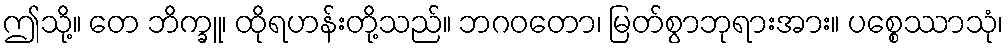
ဤသို့။ တေ ဘိက္ခူ၊ ထိုရဟန်းတို့သည်။ ဘဂဝတော၊ မြတ်စွာဘုရားအား။ ပစ္စေဿာသုံ၊